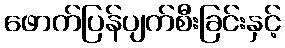
ဖောက်ပြန်ပျက်စီးခြင်းနှင့်